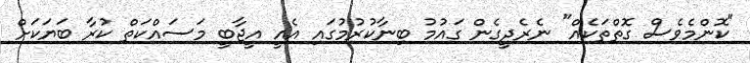
"ކޮންމެވެސް ގޮތްތަކެއް" ނެރެދީގެން ގައުމު ބިނާކުރުމުގައި އެއީ އީޖާބީ މަސައްކަތް ކުރާ ބަޔަކަށް